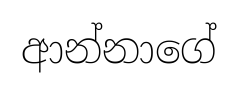
ආන්නාගේ